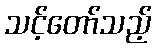
သင့်တော်သည့်